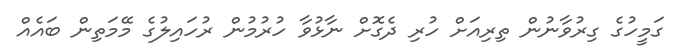
ގަމީހުގެ ގިރުވާނުން ތިރިއަށް ހުރި ދެގޮށް ނާޅުވާ ހުރުމުން ރުހައިލުގެ މޭމަތިން ބައެއް